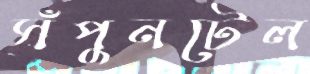
সঁপুনটেল